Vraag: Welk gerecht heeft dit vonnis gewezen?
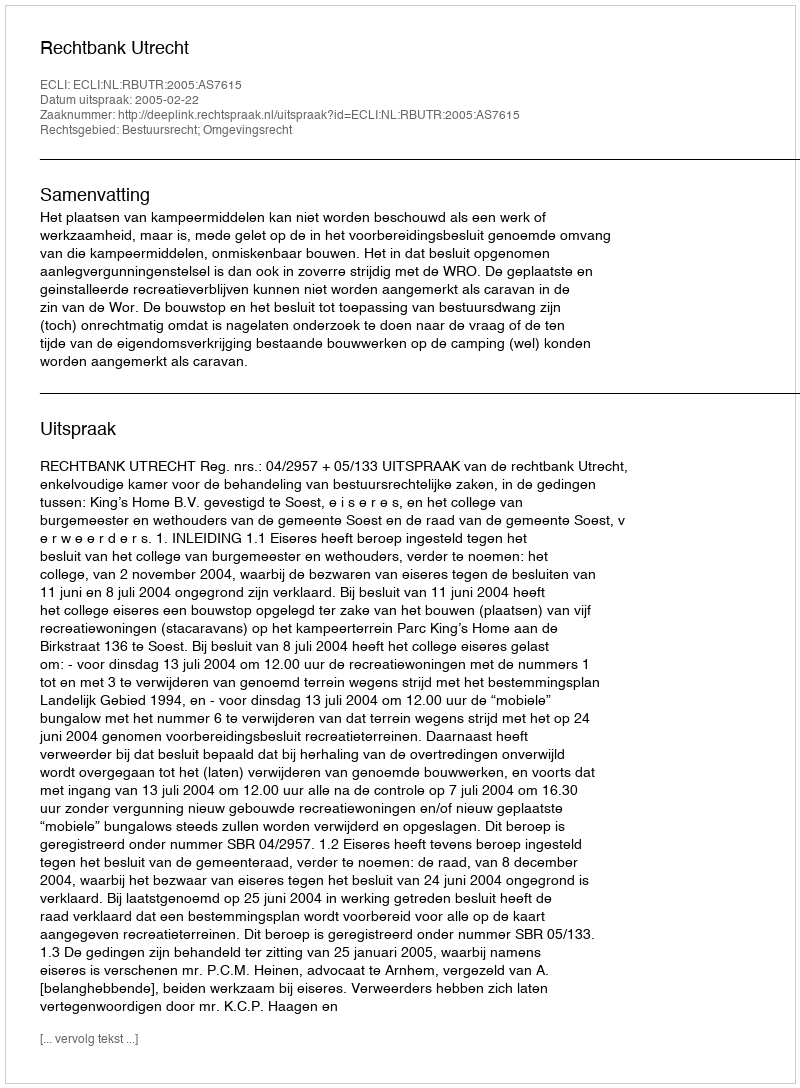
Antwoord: Rechtbank Utrecht